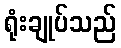
ရုံးချုပ်သည်